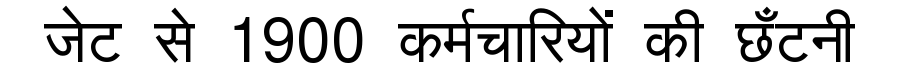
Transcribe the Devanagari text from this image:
जेट से 1900 कर्मचारियों की छँटनी